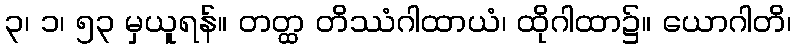
၃၊ ၁၊ ၅၃ မှယူရန်။ တတ္ထ တိဿံဂါထာယံ၊ ထိုဂါထာ၌။ ယောဂါတိ၊